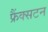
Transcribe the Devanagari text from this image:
फ्रैंक्सटन